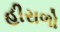
હીરાળો